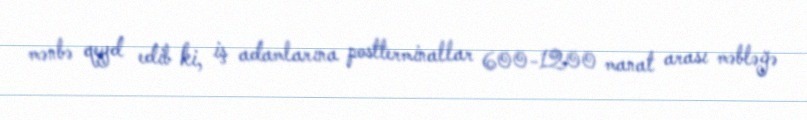
mənbə qeyd edib ki, iş adamlarına postterminallar 600-1200 manat arası məbləğə